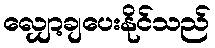
လျှော့ချပေးနိုင်သည်